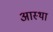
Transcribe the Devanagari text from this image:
अास्था